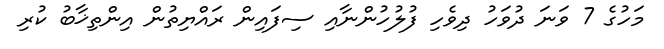
މަހުގެ 7 ވަނަ ދުވަހު ދިވެހި ފުލުހުންނާއި ސިފައިން ރައްޔިތުން އިންތިޚާބު ކުރި